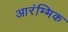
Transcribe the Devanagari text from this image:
आरंम्भिक